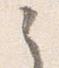
之